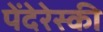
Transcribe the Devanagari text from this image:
पेंदेरेस्की